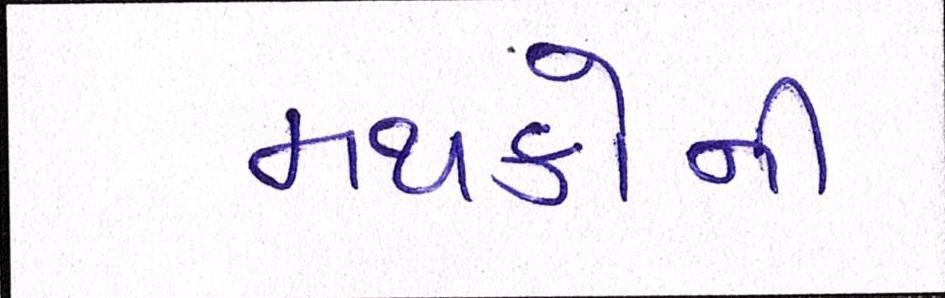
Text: મથકોની